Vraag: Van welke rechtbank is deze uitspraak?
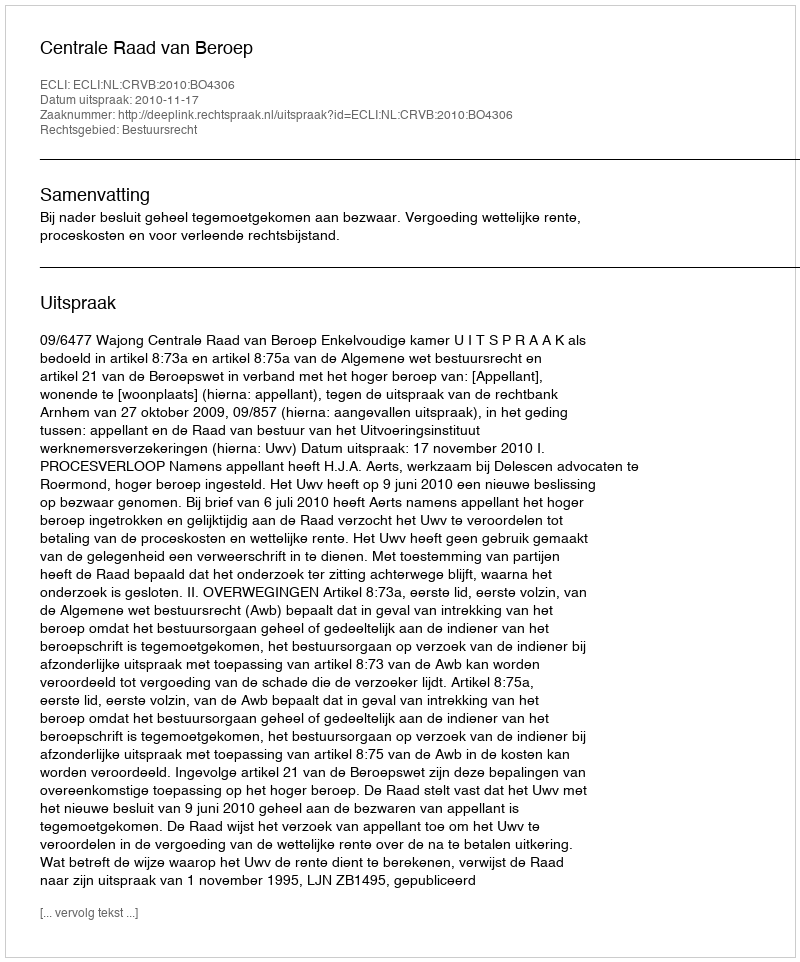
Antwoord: Centrale Raad van Beroep